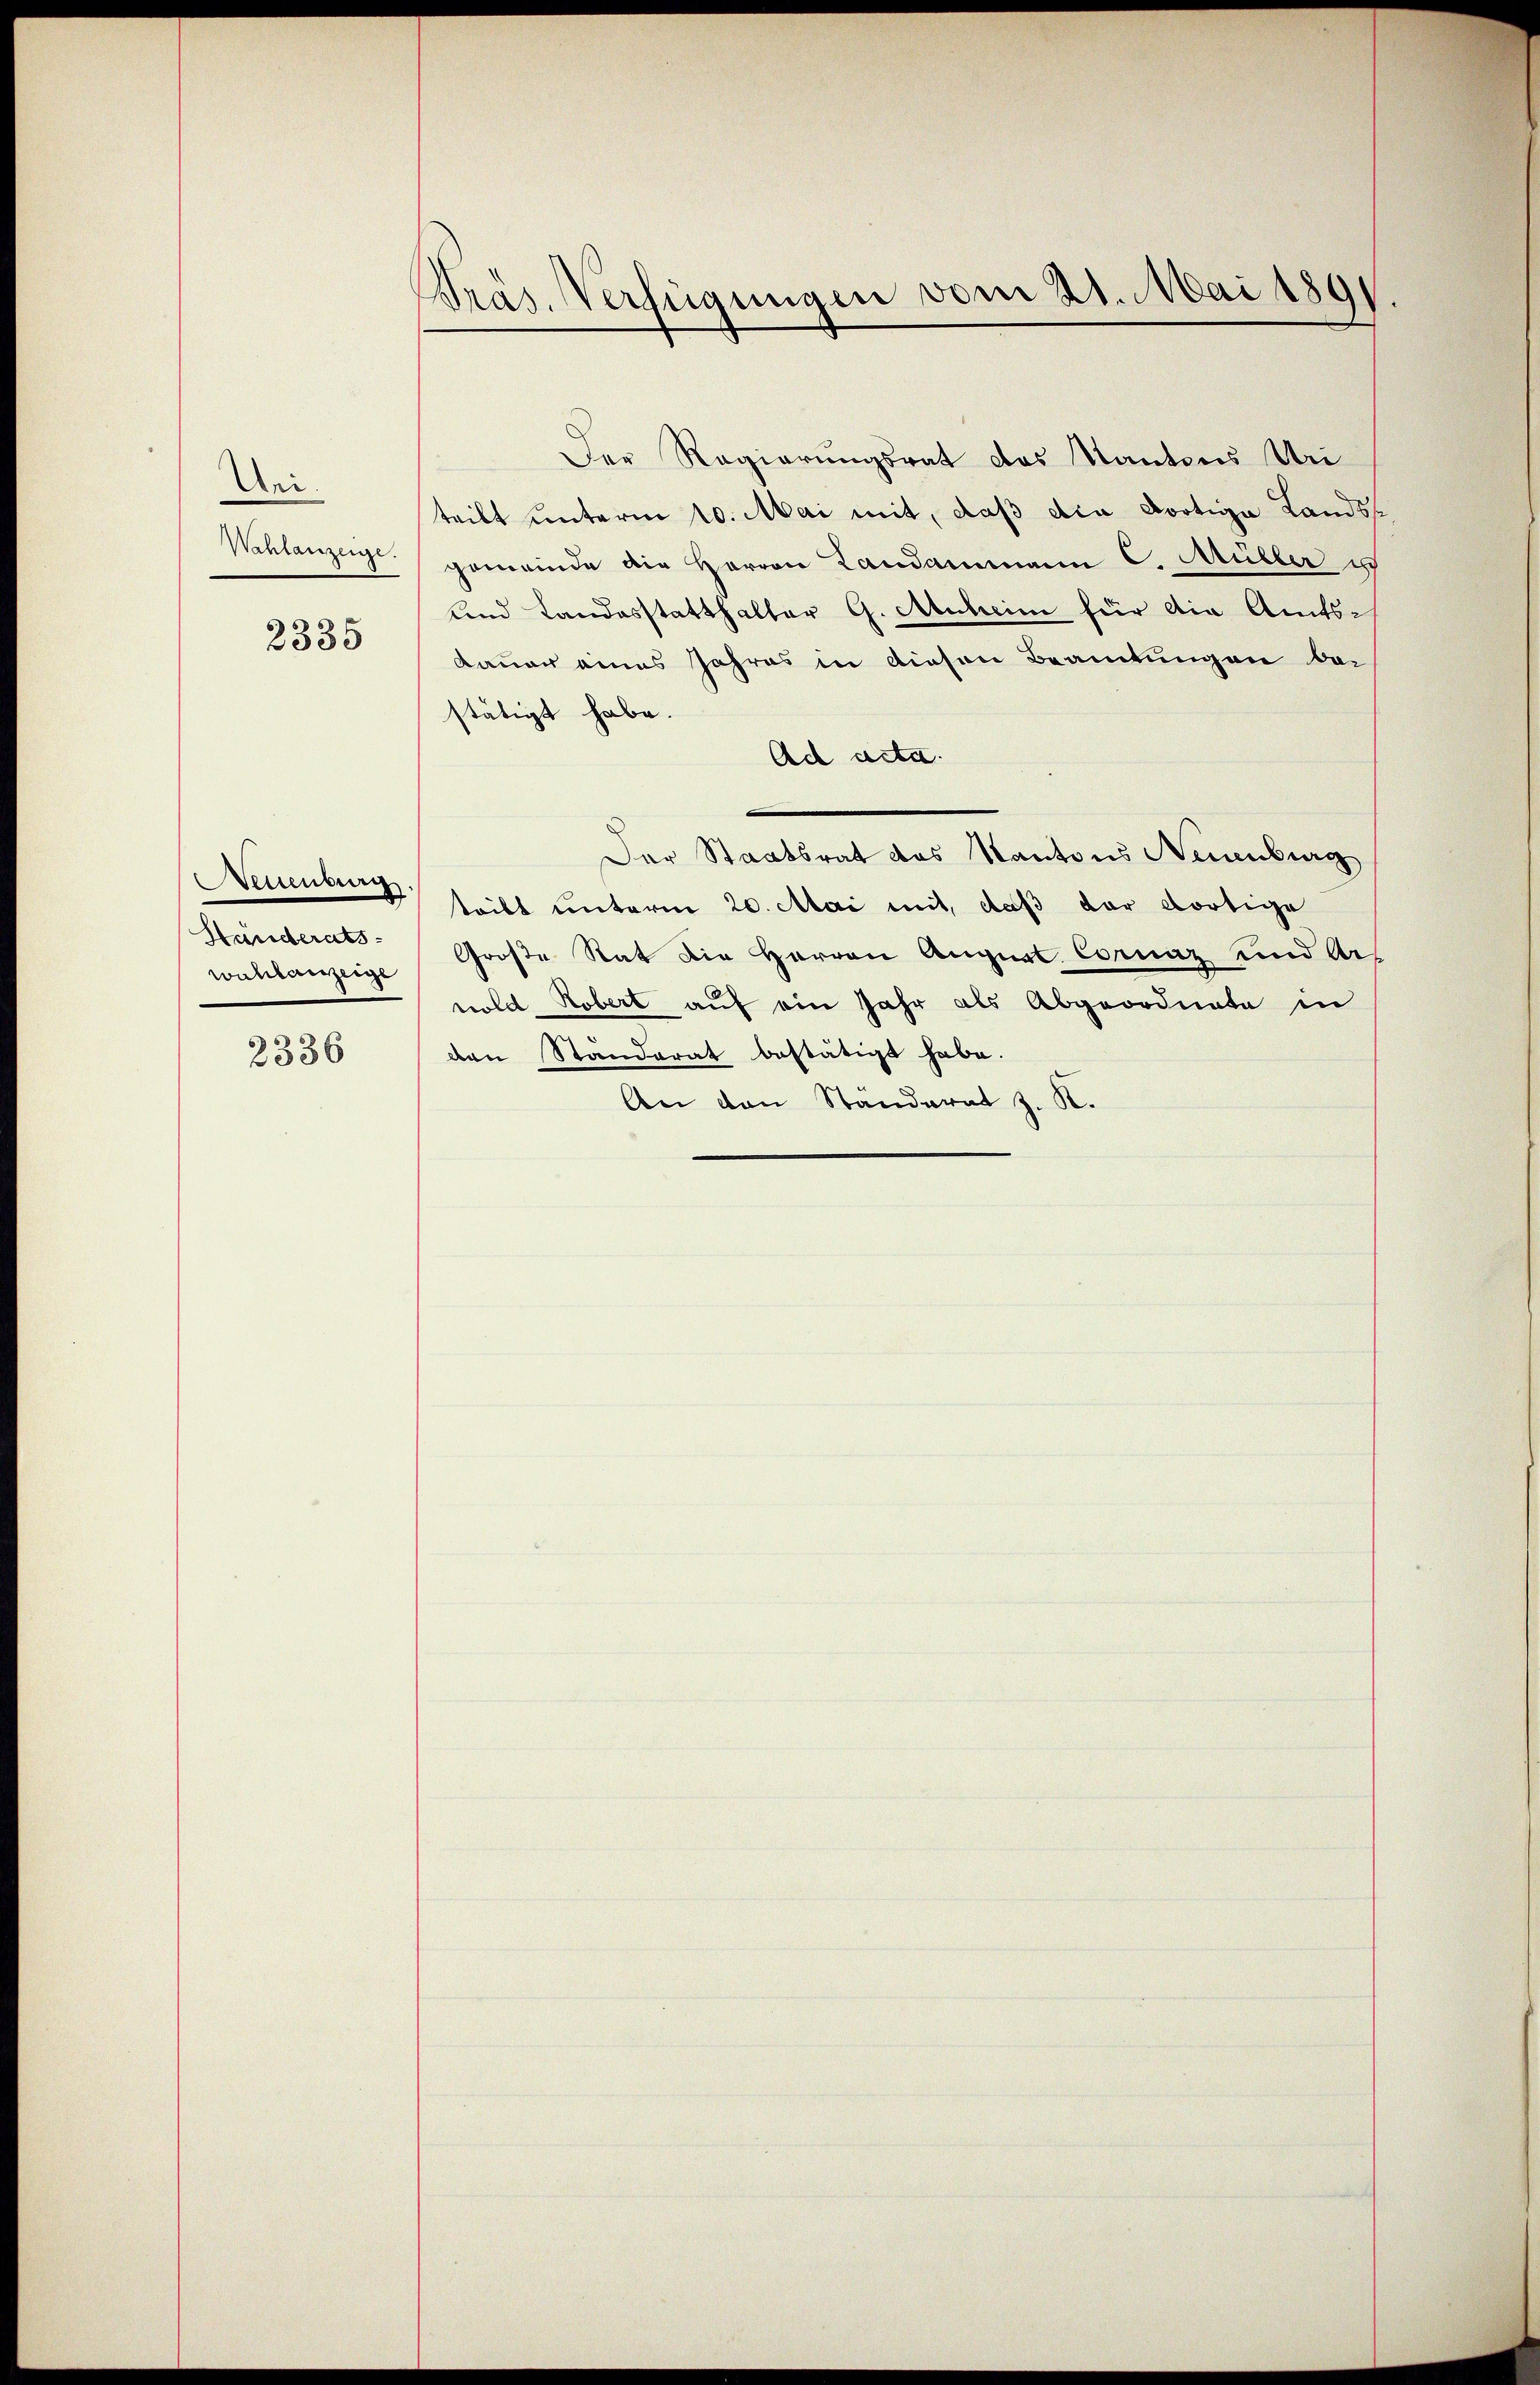
Wei¬
Wahlanzeige.
2335

Metienberg.
Händerats-
wahlanzeige

2336

Präs. Verfügungen vom 21. Mai 1891

Der Regierungsrat das Kantons Uri
teilt unterm 10. Mai mit, daß die dortige Lands
gemeinde die Herrn Landammann C. Müller ist
und Landesstatthalter G. Anheim für die Amtsdauer eines Jahres in diesen Beamtungen bei
stätigt habe.
Ad acta.
Der Staatsrat des Kantons Neuenburg
teibt unterm 20. Mai mit, daß der dortige
Große Rat die Herren August. Coraz und Ars
nold Robert auf ein Jahr als Abgeordnete in
den Standerat bestätigt habe.
An den Standerat J. K.